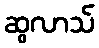
ဆွလာသ်